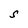
Character: S